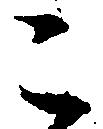
こ